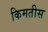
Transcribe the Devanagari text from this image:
किमतीस